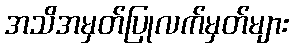
အသိအမှတ်ပြုလက်မှတ်များ